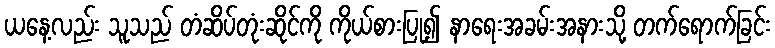
ယနေ့လည်း သူသည် တံဆိပ်တုံးဆိုင်ကို ကိုယ်စားပြု၍ နာရေးအခမ်းအနားသို့ တက်ရောက်ခြင်း